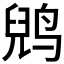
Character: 𱊈